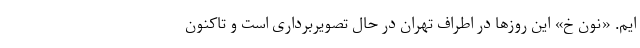
ایم. «نون خ» این روزها در اطراف تهران در حال تصویربرداری است و تاکنون